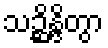
သဉ္ဆိန္ဒိတွာ